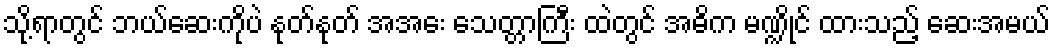
သို့ရာတွင် ဘယ်ဆေးကိုပဲ နုတ်နုတ် အအေး သေတ္တာကြီး ထဲတွင် အဓိက မဏ္ဍိုင် ထားသည့် ဆေးအမယ်